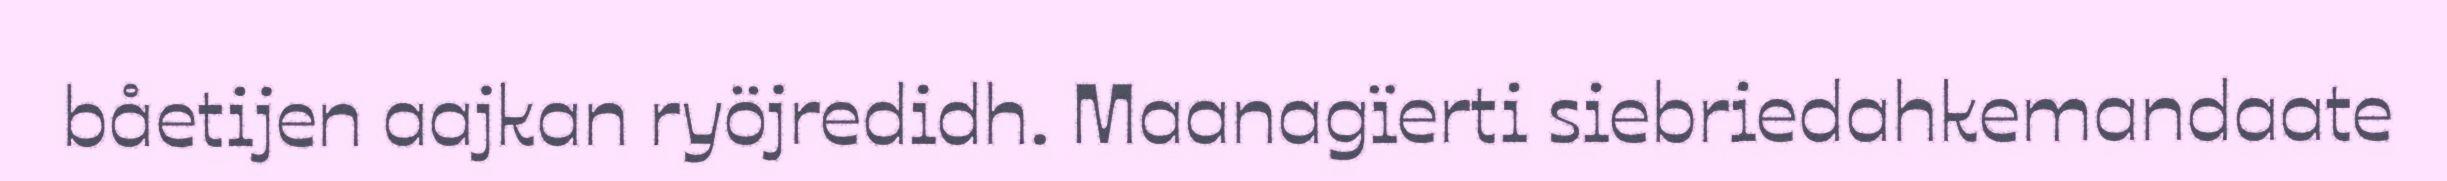
båetijen aajkan ryöjredidh. Maanagïerti siebriedahkemandaate